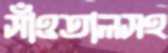
সাঁওতালসহ